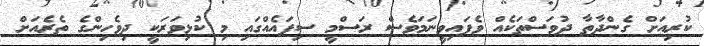
ކުރިއަށް ގެންދާތާ ދުވަސްތަކެއް ވެފައިވީނަމަވެސް ރަސްމީ ސިފައެއްގައި މި ކުޅިވަރަކީ ދިވެހިންގެ ތެރެއަށް